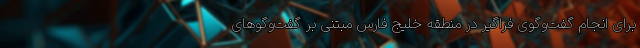
برای انجام گفت‌وگوی فراگیر در منطقه خلیج فارس مبتنی بر گفت‌وگوهای